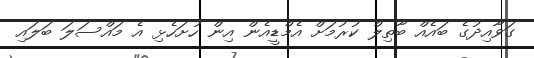
ގަވާއިދުގެ ބައެއް ބާތިލް ކުރުމަށް އެމްޑީއެން އިން ހުށަހެޅި އެ މައްސަލަ ބަލައި